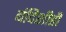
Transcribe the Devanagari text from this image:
बंदिशीही